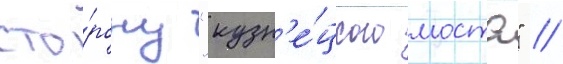
сто́рону "кузн'е́цкого моста" //